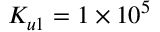
K _ { u 1 } = 1 \times 1 0 ^ { 5 }